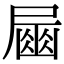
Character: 𡳘